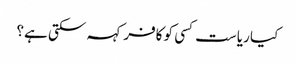
کیا ریاست کسی کو کافر کہہ سکتی ہے؟